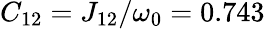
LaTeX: C_{12}=J_{12}/\omega_{0}=0.743